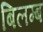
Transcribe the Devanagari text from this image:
बिलम्‍ब